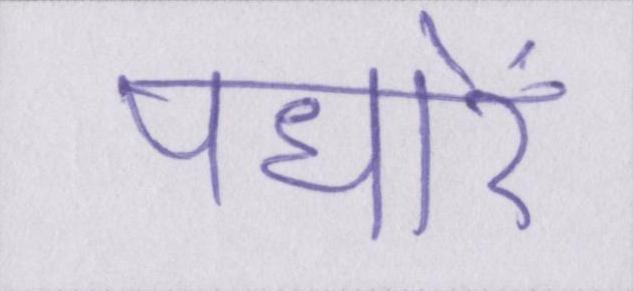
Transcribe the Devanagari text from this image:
पधारें